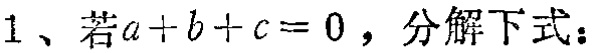
1、若\(a + b + c = 0\)，分解下式：